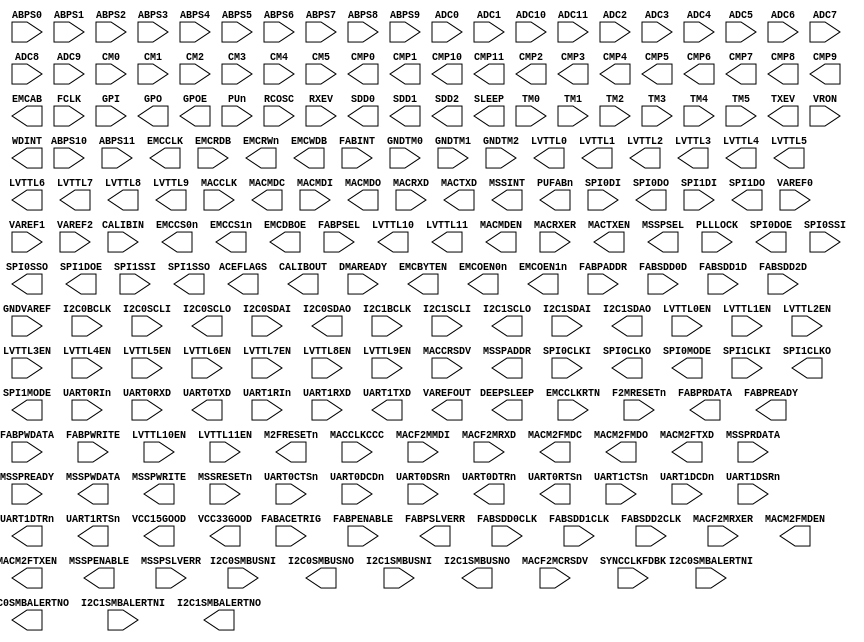
module MSS_APB
    (
    ABPS0,
    ABPS1,
    ABPS10,
    ABPS11,
    ABPS2,
    ABPS3,
    ABPS4,
    ABPS5,
    ABPS6,
    ABPS7,
    ABPS8,
    ABPS9,
    ACEFLAGS,
    ADC0,
    ADC1,
    ADC10,
    ADC11,
    ADC2,
    ADC3,
    ADC4,
    ADC5,
    ADC6,
    ADC7,
    ADC8,
    ADC9,
    CALIBIN,
    CALIBOUT,
    CM0,
    CM1,
    CM2,
    CM3,
    CM4,
    CM5,
    CMP0,
    CMP1,
    CMP10,
    CMP11,
    CMP2,
    CMP3,
    CMP4,
    CMP5,
    CMP6,
    CMP7,
    CMP8,
    CMP9,
    DEEPSLEEP,
    DMAREADY,
    EMCAB,
    EMCBYTEN,
    EMCCLK,
    EMCCLKRTN,
    EMCCS0n,
    EMCCS1n,
    EMCDBOE,
    EMCOEN0n,
    EMCOEN1n,
    EMCRDB,
    EMCRWn,
    EMCWDB,
    F2MRESETn,
    FABACETRIG,
    FABINT,
    FABPADDR,
    FABPENABLE,
    FABPRDATA,
    FABPREADY,
    FABPSEL,
    FABPSLVERR,
    FABPWDATA,
    FABPWRITE,
    FABSDD0CLK,
    FABSDD0D,
    FABSDD1CLK,
    FABSDD1D,
    FABSDD2CLK,
    FABSDD2D,
    FCLK,
    GNDTM0,
    GNDTM1,
    GNDTM2,
    GNDVAREF,
    GPI,
    GPO,
    GPOE,
    I2C0BCLK,
    I2C0SCLI,
    I2C0SCLO,
    I2C0SDAI,
    I2C0SDAO,
    I2C0SMBALERTNI,
    I2C0SMBALERTNO,
    I2C0SMBUSNI,
    I2C0SMBUSNO,
    I2C1BCLK,
    I2C1SCLI,
    I2C1SCLO,
    I2C1SDAI,
    I2C1SDAO,
    I2C1SMBALERTNI,
    I2C1SMBALERTNO,
    I2C1SMBUSNI,
    I2C1SMBUSNO,
    LVTTL0,
    LVTTL0EN,
    LVTTL1,
    LVTTL10,
    LVTTL10EN,
    LVTTL11,
    LVTTL11EN,
    LVTTL1EN,
    LVTTL2,
    LVTTL2EN,
    LVTTL3,
    LVTTL3EN,
    LVTTL4,
    LVTTL4EN,
    LVTTL5,
    LVTTL5EN,
    LVTTL6,
    LVTTL6EN,
    LVTTL7,
    LVTTL7EN,
    LVTTL8,
    LVTTL8EN,
    LVTTL9,
    LVTTL9EN,
    M2FRESETn,
    MACCLK,
    MACCLKCCC,
    MACCRSDV,
    MACF2MCRSDV,
    MACF2MMDI,
    MACF2MRXD,
    MACF2MRXER,
    MACM2FMDC,
    MACM2FMDEN,
    MACM2FMDO,
    MACM2FTXD,
    MACM2FTXEN,
    MACMDC,
    MACMDEN,
    MACMDI,
    MACMDO,
    MACRXD,
    MACRXER,
    MACTXD,
    MACTXEN,
    MSSINT,
    MSSPADDR,
    MSSPENABLE,
    MSSPRDATA,
    MSSPREADY,
    MSSPSEL,
    MSSPSLVERR,
    MSSPWDATA,
    MSSPWRITE,
    MSSRESETn,
    PLLLOCK,
    PUFABn,
    PUn,
    RCOSC,
    RXEV,
    SDD0,
    SDD1,
    SDD2,
    SLEEP,
    SPI0CLKI,
    SPI0CLKO,
    SPI0DI,
    SPI0DO,
    SPI0DOE,
    SPI0MODE,
    SPI0SSI,
    SPI0SSO,
    SPI1CLKI,
    SPI1CLKO,
    SPI1DI,
    SPI1DO,
    SPI1DOE,
    SPI1MODE,
    SPI1SSI,
    SPI1SSO,
    SYNCCLKFDBK,
    TM0,
    TM1,
    TM2,
    TM3,
    TM4,
    TM5,
    TXEV,
    UART0CTSn,
    UART0DCDn,
    UART0DSRn,
    UART0DTRn,
    UART0RIn,
    UART0RTSn,
    UART0RXD,
    UART0TXD,
    UART1CTSn,
    UART1DCDn,
    UART1DSRn,
    UART1DTRn,
    UART1RIn,
    UART1RTSn,
    UART1RXD,
    UART1TXD,
    VAREF0,
    VAREF1,
    VAREF2,
    VAREFOUT,
    VCC15GOOD,
    VCC33GOOD,
    VRON,
    WDINT
    );

    /*
    synthesis syn_black_box
    syn_tco1="FCLK->ACEFLAGS[31:0]=5.641"
    syn_tco2="FCLK->DEEPSLEEP=3.492"
    syn_tsu1="DMAREADY[1:0]->FCLK=1.468"
    syn_tco3="FCLK->EMCAB[25:0]=2.672"
    syn_tco4="FCLK->EMCBYTEN[1:0]=4.324"
    syn_tco5="FCLK->EMCCS0n=4.522"
    syn_tco6="FCLK->EMCCS1n=4.554"
    syn_tco7="FCLK->EMCDBOE=2.672"
    syn_tco8="FCLK->EMCOEN0n=4.303"
    syn_tco9="FCLK->EMCOEN1n=4.314"
    syn_tsu2="EMCRDB[15:0]->EMCCLKRTN=0.003"
    syn_tco10="FCLK->EMCRWn=2.924"
    syn_tco11="FCLK->EMCWDB[15:0]=6.91"
    syn_tsu3="FABACETRIG->FCLK=0"
    syn_tsu4="FABINT->FCLK=0.321"
    syn_tsu5="FABPADDR[31:0]->FCLK=0"
    syn_tsu6="FABPENABLE->FCLK=0"
    syn_tco12="FCLK->FABPRDATA[31:0]=3.926"
    syn_tco13="FCLK->FABPREADY=2.712"
    syn_tsu7="FABPSEL->FCLK=0"
    syn_tco14="FCLK->FABPSLVERR=2.859"
    syn_tsu8="FABPWDATA[31:0]->FCLK=0"
    syn_tsu9="FABPWRITE->FCLK=0"
    syn_tsu10="GPI[31:0]->FCLK=0.516"
    syn_tco15="FCLK->GPO[31:0]=4.132"
    syn_tco16="FCLK->GPOE[31:0]=3.908"
    syn_tsu11="I2C0BCLK->FCLK=0"
    syn_tsu12="I2C0SCLI->FCLK=0"
    syn_tco17="FCLK->I2C0SCLO=3.465"
    syn_tsu13="I2C0SDAI->FCLK=0"
    syn_tco18="FCLK->I2C0SDAO=3.368"
    syn_tsu14="I2C0SMBALERTNI->FCLK=0"
    syn_tco19="FCLK->I2C0SMBALERTNO=2.855"
    syn_tsu15="I2C0SMBUSNI->FCLK=0"
    syn_tco20="FCLK->I2C0SMBUSNO=2.916"
    syn_tsu16="I2C1BCLK->FCLK=0"
    syn_tsu17="I2C1SCLI->FCLK=0"
    syn_tco21="FCLK->I2C1SCLO=3.762"
    syn_tsu18="I2C1SDAI->FCLK=0.045"
    syn_tco22="FCLK->I2C1SDAO=3.712"
    syn_tsu19="I2C1SMBALERTNI->FCLK=0"
    syn_tco23="FCLK->I2C1SMBALERTNO=2.5"
    syn_tsu20="I2C1SMBUSNI->FCLK=0"
    syn_tco24="FCLK->I2C1SMBUSNO=2.501"
    syn_tco25="FCLK->M2FRESETn=2.957"
    syn_tsu21="MACCRSDV->MACCLK=0"
    syn_tsu22="MACCRSDV->MACCLKCCC=0"
    syn_tsu23="MACF2MCRSDV->MACCLK=0"
    syn_tsu24="MACF2MCRSDV->MACCLKCCC=0"
    syn_tsu25="MACF2MMDI->FCLK=0"
    syn_tsu26="MACF2MRXD[1:0]->MACCLK=0"
    syn_tsu27="MACF2MRXD[1:0]->MACCLKCCC=0"
    syn_tsu28="MACF2MRXER->MACCLK=0"
    syn_tsu29="MACF2MRXER->MACCLKCCC=0"
    syn_tco26="FCLK->MACM2FMDC=3.861"
    syn_tco27="FCLK->MACM2FMDEN=4.061"
    syn_tco28="FCLK->MACM2FMDO=4.261"
    syn_tco29="FCLK->MACM2FTXD[1:0]=3.912"
    syn_tco30="MACCLK->MACM2FTXD[1:0]=2.855"
    syn_tco31="FCLK->MACM2FTXEN=4.167"
    syn_tco32="MACCLK->MACM2FTXEN=2.843"
    syn_tco33="FCLK->MACMDC=3.198"
    syn_tco34="FCLK->MACMDEN=3.664"
    syn_tsu30="MACMDI->FCLK=0"
    syn_tco35="FCLK->MACMDO=3.524"
    syn_tsu31="MACRXD[1:0]->MACCLK=0"
    syn_tsu32="MACRXD[1:0]->MACCLKCCC=0"
    syn_tsu33="MACRXER->MACCLK=0"
    syn_tsu34="MACRXER->MACCLKCCC=0"
    syn_tco36="FCLK->MACTXD[1:0]=3.24"
    syn_tco37="MACCLK->MACTXD[1:0]=2.596"
    syn_tco38="FCLK->MACTXEN=3.601"
    syn_tco39="MACCLK->MACTXEN=2.745"
    syn_tco40="FCLK->MSSINT[7:0]=5.637"
    syn_tco41="FCLK->MSSPADDR[19:0]=2.679"
    syn_tco42="FCLK->MSSPENABLE=2.474"
    syn_tsu35="MSSPRDATA[31:0]->FCLK=0"
    syn_tsu36="MSSPREADY->FCLK=0"
    syn_tco43="FCLK->MSSPSEL=2.49"
    syn_tsu37="MSSPSLVERR->FCLK=0"
    syn_tco44="FCLK->MSSPWDATA[31:0]=2.71"
    syn_tco45="FCLK->MSSPWRITE=2.456"
    syn_tsu38="MSSRESETn->FCLK=0"
    syn_tsu39="PUn->FCLK=0"
    syn_tsu40="RXEV->FCLK=0"
    syn_tco46="FCLK->SLEEP=3.304"
    syn_tsu41="SPI0CLKI->FCLK=0"
    syn_tco47="FCLK->SPI0CLKO=3.407"
    syn_tsu42="SPI0DI->FCLK=0"
    syn_tco48="FCLK->SPI0DO=4.35"
    syn_tco49="FCLK->SPI0DOE=4.947"
    syn_tco50="FCLK->SPI0MODE=3.423"
    syn_tsu43="SPI0SSI->FCLK=0.858"
    syn_tco51="FCLK->SPI0SSO[7:0]=4.117"
    syn_tsu44="SPI1CLKI->FCLK=0"
    syn_tco52="FCLK->SPI1CLKO=3.548"
    syn_tsu45="SPI1DI->FCLK=0"
    syn_tco53="FCLK->SPI1DO=4.643"
    syn_tco54="FCLK->SPI1DOE=4.318"
    syn_tco55="FCLK->SPI1MODE=4.136"
    syn_tsu46="SPI1SSI->FCLK=0.271"
    syn_tco56="FCLK->SPI1SSO[7:0]=4.904"
    syn_tco57="FCLK->TXEV=4.597"
    syn_tsu47="UART0CTSn->FCLK=0"
    syn_tsu48="UART0DCDn->FCLK=0"
    syn_tsu49="UART0DSRn->FCLK=0"
    syn_tco58="FCLK->UART0DTRn=3.299"
    syn_tsu50="UART0RIn->FCLK=0"
    syn_tco59="FCLK->UART0RTSn=3.349"
    syn_tsu51="UART0RXD->FCLK=0.076"
    syn_tco60="FCLK->UART0TXD=3.571"
    syn_tsu52="UART1CTSn->FCLK=0"
    syn_tsu53="UART1DCDn->FCLK=0"
    syn_tsu54="UART1DSRn->FCLK=0"
    syn_tco61="FCLK->UART1DTRn=3.407"
    syn_tsu55="UART1RIn->FCLK=0"
    syn_tco62="FCLK->UART1RTSn=3.714"
    syn_tsu56="UART1RXD->FCLK=0"
    syn_tco63="FCLK->UART1TXD=3.585"
    syn_tco64="FCLK->WDINT=2.749"
    */

    input ABPS0;
    input ABPS1;
    input ABPS10;
    input ABPS11;
    input ABPS2;
    input ABPS3;
    input ABPS4;
    input ABPS5;
    input ABPS6;
    input ABPS7;
    input ABPS8;
    input ABPS9;
    output [31:0]ACEFLAGS;
    input ADC0;
    input ADC1;
    input ADC10;
    input ADC11;
    input ADC2;
    input ADC3;
    input ADC4;
    input ADC5;
    input ADC6;
    input ADC7;
    input ADC8;
    input ADC9;
    input CALIBIN;
    output CALIBOUT;
    input CM0;
    input CM1;
    input CM2;
    input CM3;
    input CM4;
    input CM5;
    output CMP0;
    output CMP1;
    output CMP10;
    output CMP11;
    output CMP2;
    output CMP3;
    output CMP4;
    output CMP5;
    output CMP6;
    output CMP7;
    output CMP8;
    output CMP9;
    output DEEPSLEEP;
    input [1:0]DMAREADY;
    output [25:0]EMCAB;
    output [1:0]EMCBYTEN;
    output EMCCLK;
    input EMCCLKRTN;
    output EMCCS0n;
    output EMCCS1n;
    output EMCDBOE;
    output EMCOEN0n;
    output EMCOEN1n;
    input [15:0]EMCRDB;
    output EMCRWn;
    output [15:0]EMCWDB;
    input F2MRESETn;
    input FABACETRIG;
    input FABINT;
    input [31:0]FABPADDR;
    input FABPENABLE;
    output [31:0]FABPRDATA;
    output FABPREADY;
    input FABPSEL;
    output FABPSLVERR;
    input [31:0]FABPWDATA;
    input FABPWRITE;
    input FABSDD0CLK;
    input FABSDD0D;
    input FABSDD1CLK;
    input FABSDD1D;
    input FABSDD2CLK;
    input FABSDD2D;
    input FCLK;
    input GNDTM0;
    input GNDTM1;
    input GNDTM2;
    input GNDVAREF;
    input [31:0]GPI;
    output [31:0]GPO;
    output [31:0]GPOE;
    input I2C0BCLK;
    input I2C0SCLI;
    output I2C0SCLO;
    input I2C0SDAI;
    output I2C0SDAO;
    input I2C0SMBALERTNI;
    output I2C0SMBALERTNO;
    input I2C0SMBUSNI;
    output I2C0SMBUSNO;
    input I2C1BCLK;
    input I2C1SCLI;
    output I2C1SCLO;
    input I2C1SDAI;
    output I2C1SDAO;
    input I2C1SMBALERTNI;
    output I2C1SMBALERTNO;
    input I2C1SMBUSNI;
    output I2C1SMBUSNO;
    output LVTTL0;
    input LVTTL0EN;
    output LVTTL1;
    output LVTTL10;
    input LVTTL10EN;
    output LVTTL11;
    input LVTTL11EN;
    input LVTTL1EN;
    output LVTTL2;
    input LVTTL2EN;
    output LVTTL3;
    input LVTTL3EN;
    output LVTTL4;
    input LVTTL4EN;
    output LVTTL5;
    input LVTTL5EN;
    output LVTTL6;
    input LVTTL6EN;
    output LVTTL7;
    input LVTTL7EN;
    output LVTTL8;
    input LVTTL8EN;
    output LVTTL9;
    input LVTTL9EN;
    output M2FRESETn;
    input MACCLK;
    input MACCLKCCC;
    input MACCRSDV;
    input MACF2MCRSDV;
    input MACF2MMDI;
    input [1:0]MACF2MRXD;
    input MACF2MRXER;
    output MACM2FMDC;
    output MACM2FMDEN;
    output MACM2FMDO;
    output [1:0]MACM2FTXD;
    output MACM2FTXEN;
    output MACMDC;
    output MACMDEN;
    input MACMDI;
    output MACMDO;
    input [1:0]MACRXD;
    input MACRXER;
    output [1:0]MACTXD;
    output MACTXEN;
    output [7:0]MSSINT;
    output [19:0]MSSPADDR;
    output MSSPENABLE;
    input [31:0]MSSPRDATA;
    input MSSPREADY;
    output MSSPSEL;
    input MSSPSLVERR;
    output [31:0]MSSPWDATA;
    output MSSPWRITE;
    input MSSRESETn;
    input PLLLOCK;
    output PUFABn;
    input PUn;
    input RCOSC;
    input RXEV;
    output SDD0;
    output SDD1;
    output SDD2;
    output SLEEP;
    input SPI0CLKI;
    output SPI0CLKO;
    input SPI0DI;
    output SPI0DO;
    output SPI0DOE;
    output SPI0MODE;
    input SPI0SSI;
    output [7:0]SPI0SSO;
    input SPI1CLKI;
    output SPI1CLKO;
    input SPI1DI;
    output SPI1DO;
    output SPI1DOE;
    output SPI1MODE;
    input SPI1SSI;
    output [7:0]SPI1SSO;
    input SYNCCLKFDBK;
    input TM0;
    input TM1;
    input TM2;
    input TM3;
    input TM4;
    input TM5;
    output TXEV;
    input UART0CTSn;
    input UART0DCDn;
    input UART0DSRn;
    output UART0DTRn;
    input UART0RIn;
    output UART0RTSn;
    input UART0RXD;
    output UART0TXD;
    input UART1CTSn;
    input UART1DCDn;
    input UART1DSRn;
    output UART1DTRn;
    input UART1RIn;
    output UART1RTSn;
    input UART1RXD;
    output UART1TXD;
    input VAREF0;
    input VAREF1;
    input VAREF2;
    output VAREFOUT;
    output VCC15GOOD;
    output VCC33GOOD;
    input VRON;
    output WDINT;

    parameter ACT_CONFIG = 1'b0;
    parameter ACT_FCLK   = 0;
    parameter ACT_DIE    = "";
    parameter ACT_PKG    = "";

endmodule